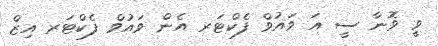
ވީ ވޮނާ ސީ އަ ވައުވް ފެކްޓަރ އެން ވައުވް ފެކްޓަރ އިޒް